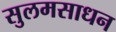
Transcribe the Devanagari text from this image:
सुलमसाधन